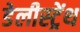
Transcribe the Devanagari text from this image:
डेलीस्ट्रेंथ